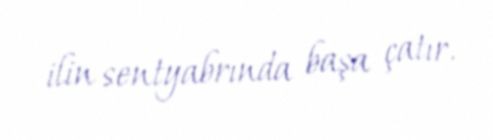
ilin sentyabrında başa çatır.